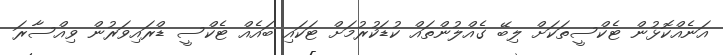
އަނެއްކޮޅުން ޓެކްސީތަކަށް ލިބޭ ގެއްލުންތައް ކުޑަކުރުމަށް ޓަކައި ބައެއް ޓެކްސީ ޑްރައިވަރުން ވިއްސާރަ